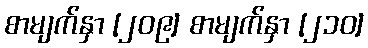
စာမျက်နှာ [၂၀၉] စာမျက်နှာ [၂၁၀]